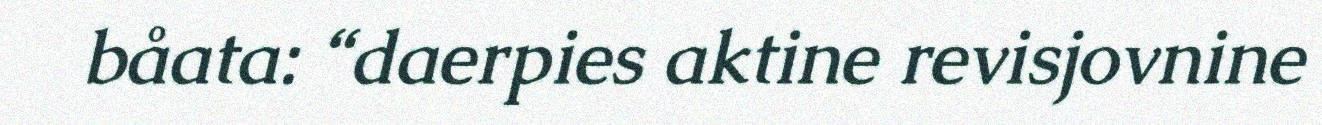
båata: “daerpies aktine revisjovnine